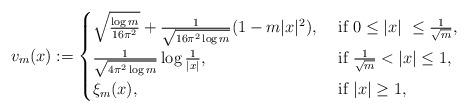
LaTeX: \begin{align*} v_m(x):= \begin{cases} \sqrt{\frac{\log m}{16 \pi^2}} + \frac{1}{\sqrt{16 \pi^2 \log m}}(1 - m|x|^2), \ &\mbox{if} \ 0 \leq |x| \ \leq \frac{1}{\sqrt{m}},\\ \frac{1}{\sqrt{4 \pi^2 \log m}} \log \frac{1}{|x|}, &\mbox{if} \ \frac{1}{\sqrt{m}} < |x| \leq 1, \\ \xi_m(x), &\mbox{if} \ |x| \geq 1, \end{cases}\end{align*}